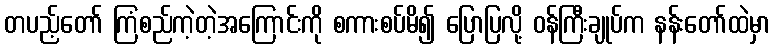
တပည့်တော် ကြံစည်ကဲ့တဲ့အကြောင်းကို စကားစပ်မိ၍ ပြောပြလို့ ဝန်ကြီးချုပ်က နန်းတော်ထဲမှာ